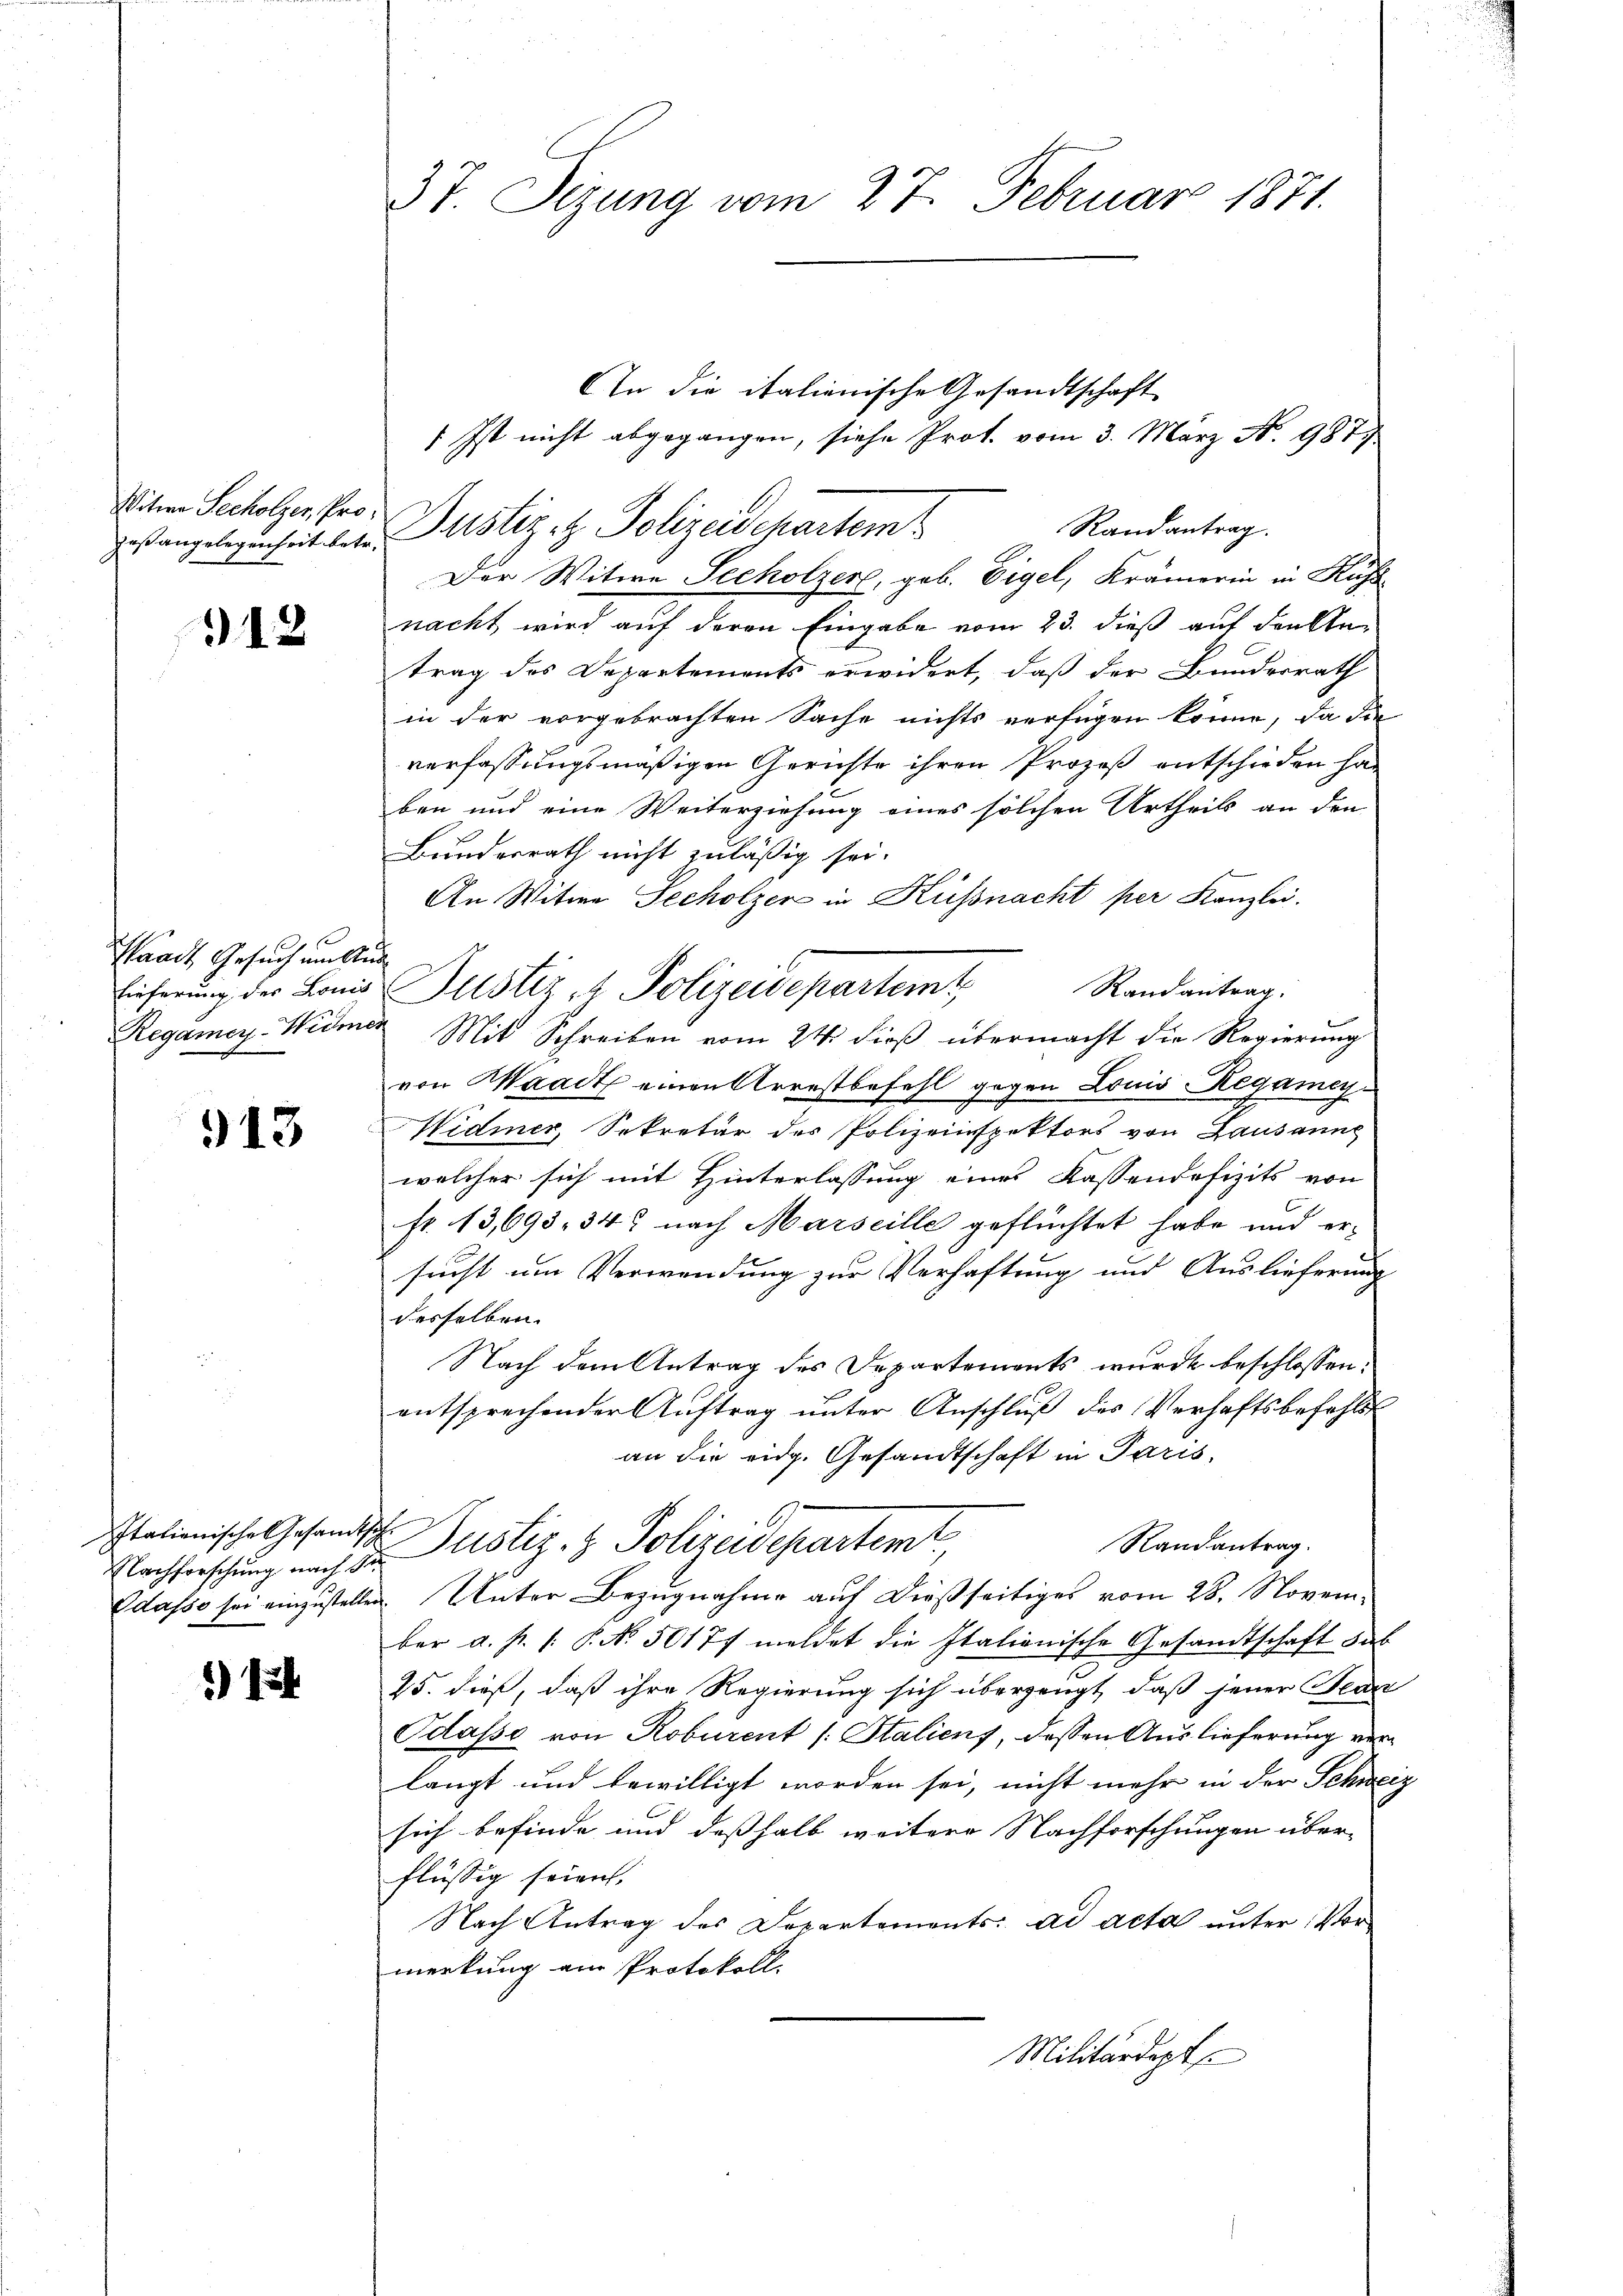
Witwe Secholzer, Pro¬

912

Waadt Gesuch um Aus

313

Italienische Gesandtsch

1)

37. Sezung vom 27. Februar 1871.

zes angelegenheit des Justiz etz. Polizeidepartem
nacht wird auf deren Eingabe vom 23. dieß auf den kan
trag des Departements erwidert, daß der Bundesrath
in der vorgebrachten Sache nichts verfügen könne, da die
verfassungsmäßigen Gerichte ihren Prozeß entschieden han
ben und eine Weiterziehung eines solchen Urtheils an den
Bundesrath nicht zuläßig sei.
An Witwe Secholzer in Küssnacht per Kanzlei.
Regamey-Widmer Mit Schreiben vom 24. dieß übermacht die Regierung
von Waadt einen Arrestbefehl gegen Louis Regamey¬
Widmer, Sekretär der Polizeinspektors von Lausanng
welcher sich mit Hinterlassung eines Kassendofizits von
fr. 13,693. 343 nach Marseille geflüchtet habe und ersucht um Verwendung zur Verhaftung und Auslieferung
desselben.
Nach dem Antrag des Departements wurde beschlossen:
entsprechender Auftrag unter Anschluß des Verhaftsbefehls
an die eidg. Gesandtschaft in Paris,
Randantrag.
Nachterschung nach der Justiz- & Polizeidepartemt
Odasse sei einzustellen. Unter Bezugnahme auf dießseitiges vom 28. November a. p. |: P. No. 50177 meldet die Italionische Gesandtschaft dab
25. dieß, daß ihre Regierung sich überzeugt, daß jener Fedn
Odasse von Roburent /: Staliens, dessen Auslieferung verlangt und bewilligt worden sei, nicht mehr in der Schweiz
sich befinde und deßhalb weitere Nachforschungen über-
flüssig seien,
Nach Antrag des Departements: ad acta unter Vor-
merkung ein Protokoll.
Militärdept

An die italienische Gesandtschaft
/ Ist nicht abgegangen, siehe Prot. vom 3. März No. 987
Randantrag.
Der Witwe Secholzer, geb. Eigel, Krämerin in Küss

Randantrag.
Eicherung der Louis Justi - Polizeidepartemt